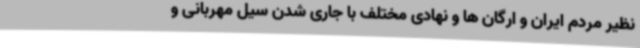
نظیر مردم ایران و ارگان ها و نهادی مختلف با جاری شدن سیل مهربانی و